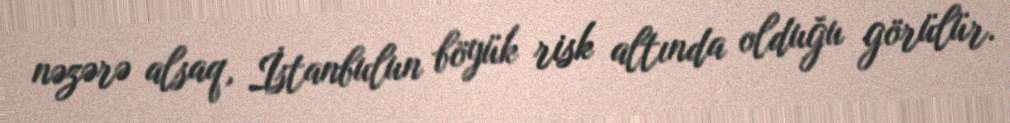
nəzərə alsaq, İstanbulun böyük risk altında olduğu görülür.